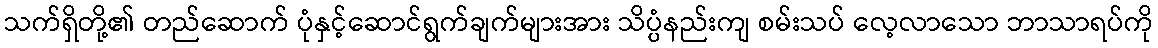
သက်ရှိတို့၏ တည်ဆောက် ပုံနှင့်ဆောင်ရွက်ချက်များအား သိပ္ပံနည်းကျ စမ်းသပ် လေ့လာသော ဘာသာရပ်ကို